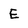
Character: E